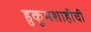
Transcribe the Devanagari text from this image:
हुकूमशाहीची